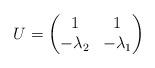
LaTeX: \begin{align*}U = \begin{pmatrix}1 & 1 \\-\lambda_2 & -\lambda_1\end{pmatrix}\end{align*}